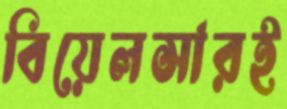
বিয়েলসারই